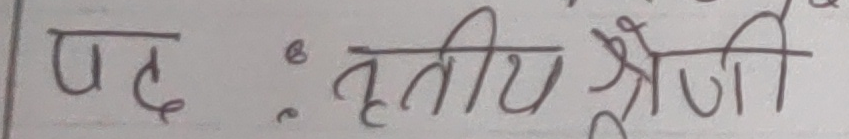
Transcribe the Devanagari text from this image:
पद : तृतीय श्रेणी